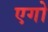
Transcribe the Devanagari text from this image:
एगो